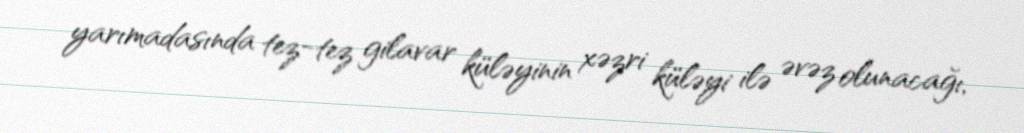
yarımadasında tez-tez gilavar küləyinin xəzri küləyi ilə əvəz olunacağı,